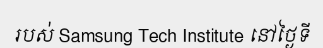
របស់ Samsung Tech Institute នៅថ្ងៃទី